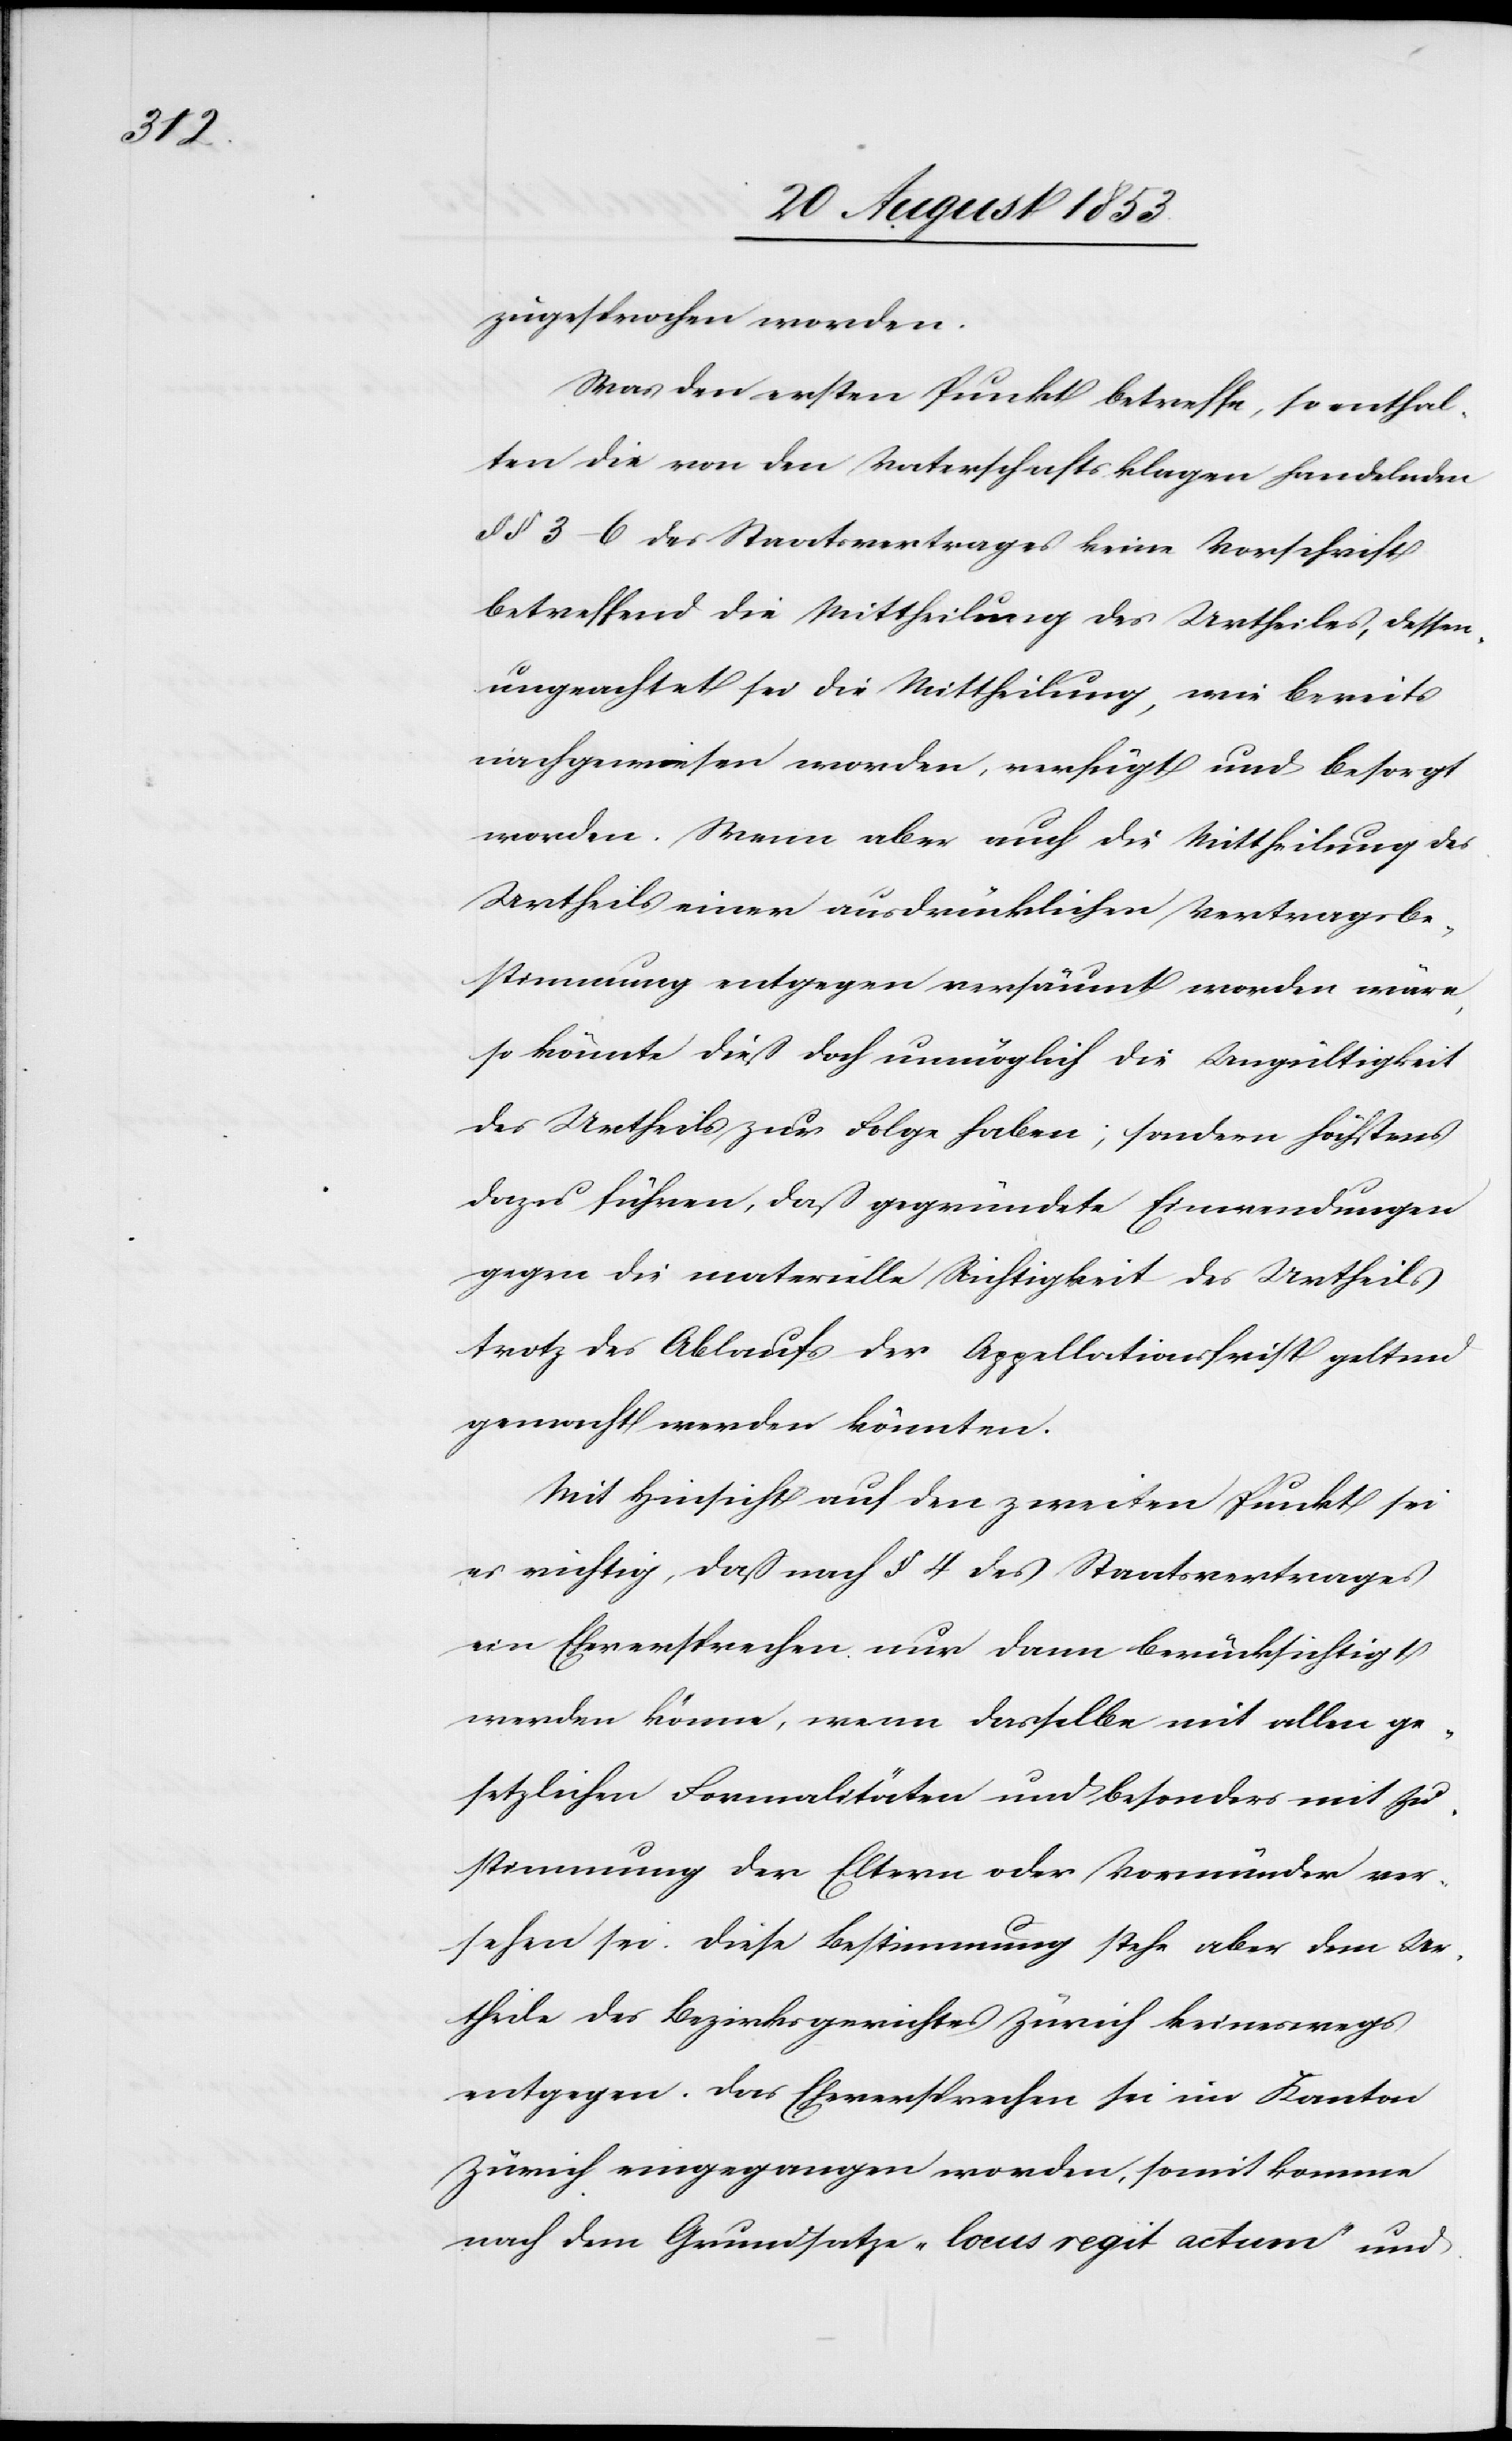
bereits

zugesprochen worden.
Was den ersten Punkt betreffe, so enthal¬
ten die von den Vaterschaftsklagen handelnden
§§ 3–6 des Staatsvertrages keine Vorschrift
betreffend die Mittheilung, dessenungeachtet sei
nachgewiesen worden, verfügt und besorgt
worden. Wenn aber auch die Mittheilung des
Urtheils einer ausdrücklichen Vertragsbe¬
stimmung entgegen versäumt worden wäre,
so könnte dieß doch unmöglich die Unzüchtigkeit
des Urtheils zur Folge haben; sondern höchstens
dazu führen, daß gegründete Einwendungen
gegen die materielle Richtigkeit des Urtheils
trotz des Ablaufs der Appellationsfrist geltend
gemacht werden könnten.
Mit Hinsicht auf den zweiten Punkt sei
es richtig, daß nach § 4 des Staatsvertrages
ein Eheversprechen nur dann berücksichtigt
werden könne, wenn dasselbe mit allen ge¬
setzlichen Formalitäten und besonders mit Zu¬
stimmung der Eltern oder Vormünder ver¬
sehen sei. Diese Bestimmung stehe aber dem Ur¬
theile des Bezirksgerichtes Zürich keineswegs
entgegen. Das Eheversprechen sei im Kanton
Zürich eingegangen worden, somit komme
nach dem Grundsatze „locus regit actum“ und